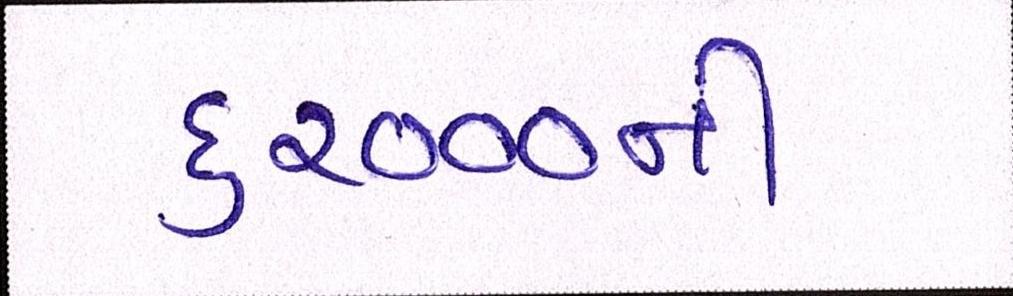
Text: ૬૨૦૦૦ની